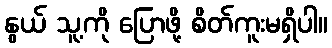
နွယ် သူ့ကို ပြောဖို့ စိတ်ကူးမရှိပါ။